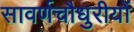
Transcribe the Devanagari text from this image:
सावर्णचौधुरीयों